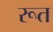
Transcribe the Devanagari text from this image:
रूत